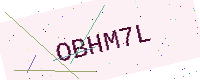
Text: OBHM7L